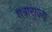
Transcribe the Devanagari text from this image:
शत्राराज्य